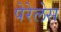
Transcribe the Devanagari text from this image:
पेरेलेस